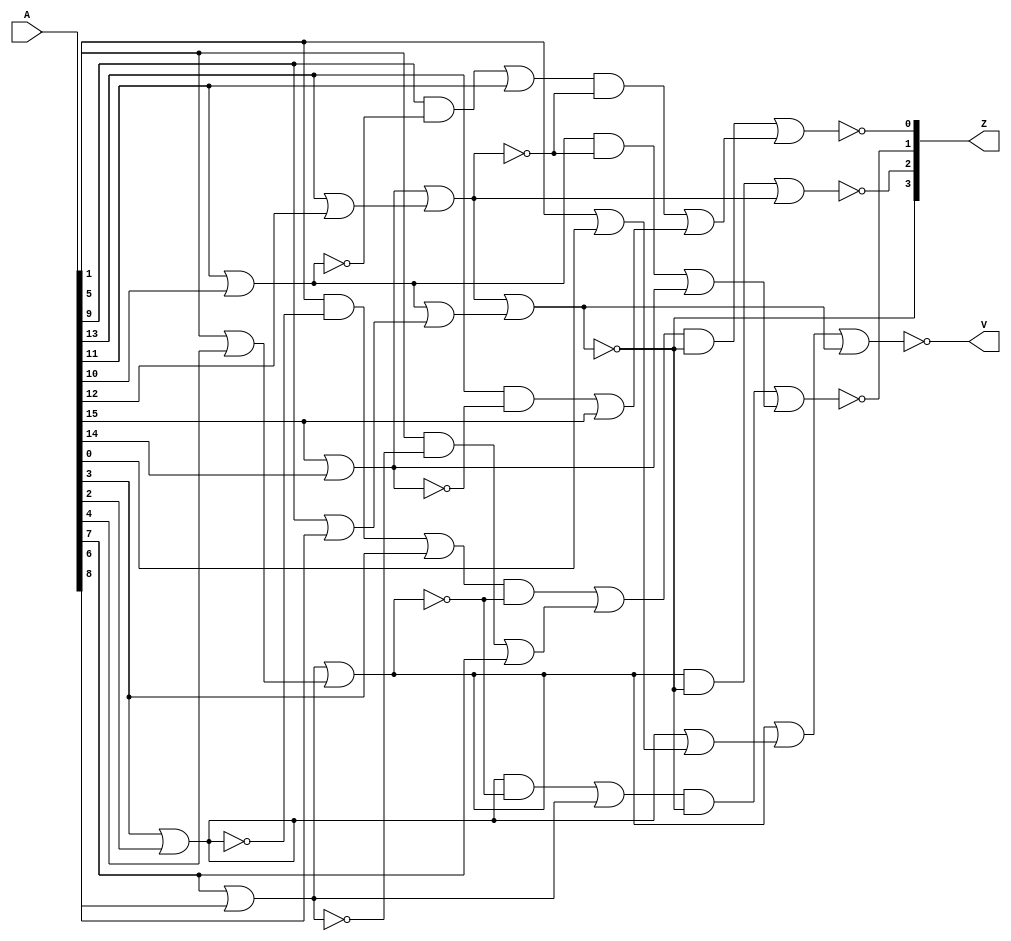
// This program was cloned from: https://github.com/KASIRGA-KIZIL/tekno-kizil
// License: GNU General Public License v3.0

// zero_counter_16.v

// Kullanilan algoritma belirtilen makalede anlatilmaktadir.
// https://ieeexplore.ieee.org/abstract/document/4539802
// Low-Power Leading-Zero Counting and Anticipation Logic for High-Speed Floating Point Units

module zero_counter_16(
   input  wire [15:0] A,
   output reg [ 3:0] Z,
   output reg V
);

   integer i;
   reg [7:0] C0;
   reg [3:0] C1;
   reg [3:0] D0;
   reg t0;
   reg t1;
   reg t2;
   reg t3;
   reg e0;
   reg e1;
   always @(*) begin
      for(i=0;i<8;i=i+1)begin
         C0[i] = (A[(i*2)+1]|A[(i*2)]);
      end
      for(i=0;i<4;i=i+1)begin
         C1[i] = (C0[(i*2)+1]|C0[(i*2)]);
      end
      for(i=0;i<4;i=i+1)begin
         D0[i] = ((A[(i*4)+1]&~C0[(2*i)+1])|A[(i*4)+3]);
      end
      
      t0 = ((C0[1]&~C1[1])|C0[3]);
      t1 = ((D0[0]&~C1[1])|D0[1]);
      
      t2 = ((C0[5]&~C1[3])|C0[7]);
      t3 = ((D0[2]&~C1[3])|D0[3]);
      
      e0 = C1[1]|C1[0];
      e1 = C1[3]|C1[2];
      
      V = ~(e0|e1);
      
      Z[3] = ~e1;
      Z[2] = ~((C1[1]&~e1)|C1[3]);
      Z[1] = ~((t0   &~e1)|t2   );
      Z[0] = ~((t1   &~e1)|t3   );
   end

endmodule